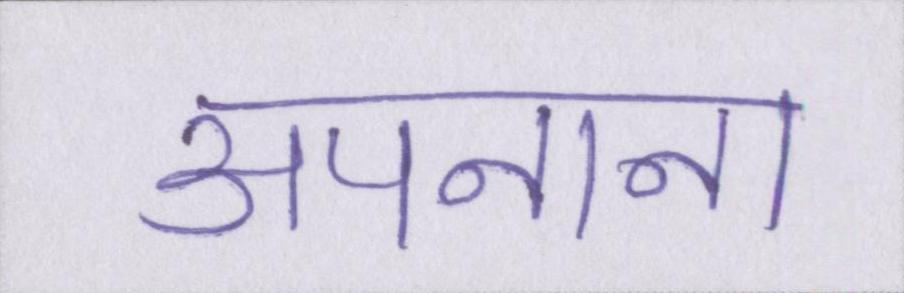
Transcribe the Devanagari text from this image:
अपनाना